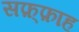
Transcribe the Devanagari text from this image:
सफ़्फ़ाह